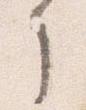
了